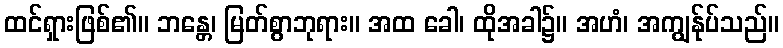
ထင်ရှားဖြစ်၏။ ဘန္တေ၊ မြတ်စွာဘုရား။ အထ ခေါ၊ ထိုအခါ၌။ အဟံ၊ အကျွန်ုပ်သည်။